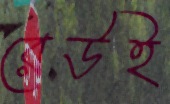
রেউই